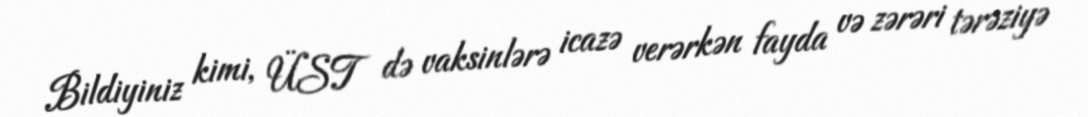
Bildiyiniz kimi, ÜST də vaksinlərə icazə verərkən fayda və zərəri tərəziyə